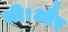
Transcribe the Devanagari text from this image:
थी।और